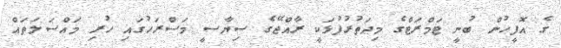
ގެ އޮފީހުން ބުނީ ޓަމްރަޓްގެ މިދަތުރުފުޅަކީ ރާއްޖޭގެ ސިޔާސީ މަސްރަހުގައި ހުރި މައްސަލަތައް